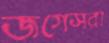
জগেসরা